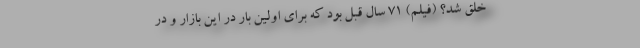
خلق شد؟ (فیلم) 71 سال قبل بود که برای اولین بار در این بازار و در